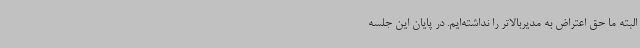
البته ما حق اعتراض به مدیربالاتر را نداشته‌ایم. در پایان این جلسه